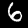
Label: 6